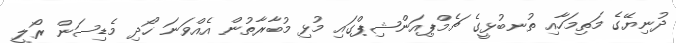
ދުނިޔޭގެ މަތިމަހާއި ތުނބުޅީގެ ޗެމްޕިއަންޝިޕްގައި މުޅި މުބާރާތުުން އެއްވަނަ ހޯދި މެޑިސަން ރޯލީ